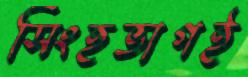
সিংহভাগই